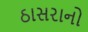
ઠાસરાનો